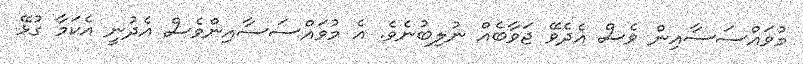
މުވައްސަސާއިން ވެސް އެދެވޭ ޖަވާބެއް ނުލިބުނެވެ. އެ މުވައްސަސާއިންވެސް އެދުނީ އެކަމާ ގުޅޭ